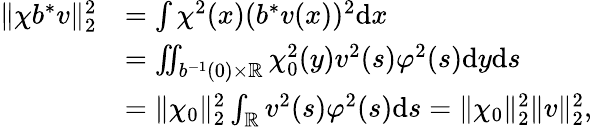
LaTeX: \begin{array}{rl}{\| \chi b^{*}v\| _{2}^{2}}&{=\int\chi^{2}(x)(b^{*}v(x))^{2}\mathrm{d}x}\\ &{=\iint_{b^{-1}(0)\times\mathbb R}\chi_{0}^{2}(y)v^{2}(s)\varphi^{2}(s)\mathrm{d}y\mathrm{d}s}\\ &{=\| \chi_{0}\| _{2}^{2}\int_{\mathbb R}v^{2}(s)\varphi^{2}(s)\mathrm{d}s=\| \chi_{0}\| _{2}^{2}\| v\| _{2}^{2},}\end{array}